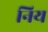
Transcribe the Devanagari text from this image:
निय